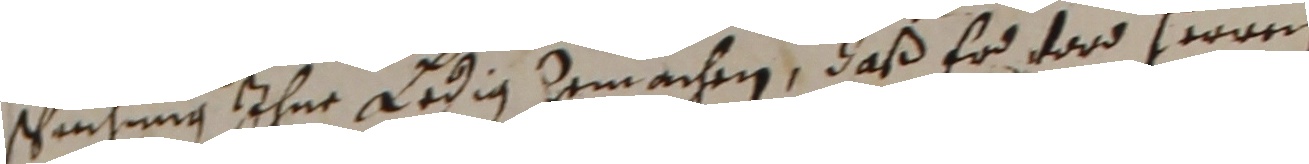
spuhung ihne ledig ze machen, daß er dord herren